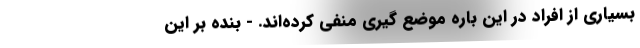
بسیاری از افراد در این باره موضع گیری منفی کرده‌اند. - بنده بر این